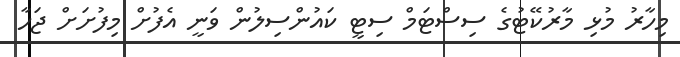
މިހާރު މުޅި މާރުކޭޓުގެ ސިސްޓަމް ސިޓީ ކައުންސިލުން ވަނީ އެފުށް މިފުށަށް ޖަހާ